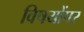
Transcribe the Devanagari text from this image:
विषयोंपर